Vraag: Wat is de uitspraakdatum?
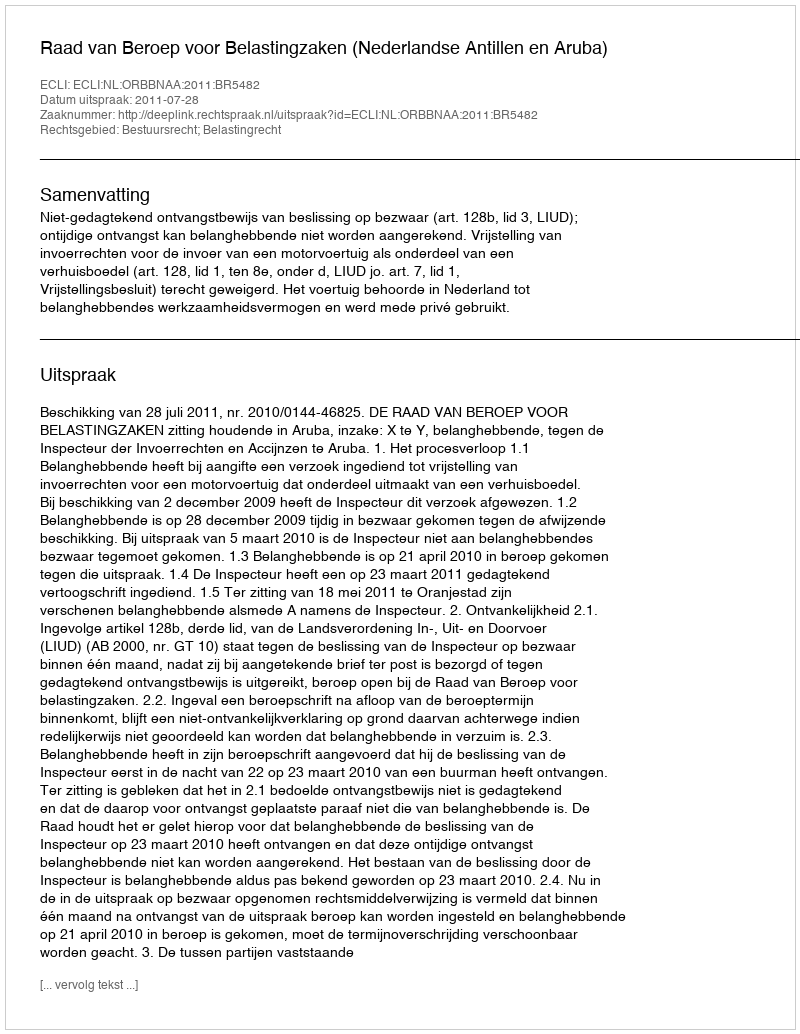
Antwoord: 2011-07-28